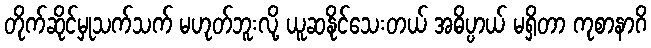
တိုက်ဆိုင်မှုသက်သက် မဟုတ်ဘူးလို့ ယူဆနိုင်သေးတယ် အဓိပ္ပာယ် မရှိတာ ကုစာနာဂိ